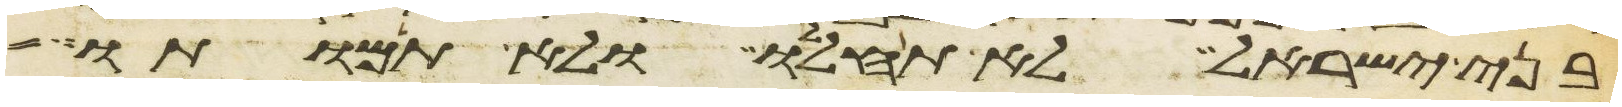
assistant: בני ישראל לא תחללו ולא תמותו